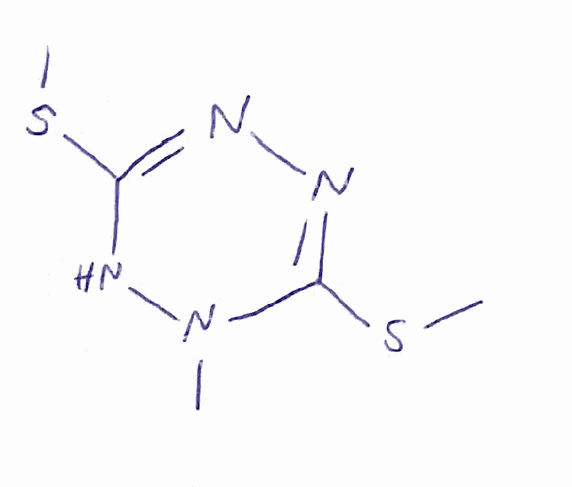
Simplified molecular-input line-entry system (SMILES) notation of the given molecule:
CN1C(=NN=C(N1)SC)SC